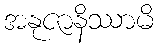
အနုဇာနိဿာမိ